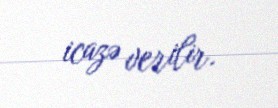
icazə verilir.